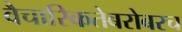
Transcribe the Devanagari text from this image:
वैचारिकतेबरोबरच